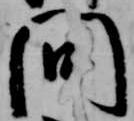
問